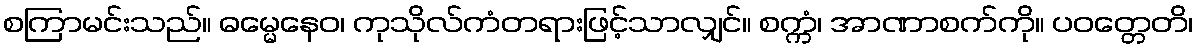
စကြာမင်းသည်။ ဓမ္မေနေဝ၊ ကုသိုလ်ကံတရားဖြင့်သာလျှင်။ စက္ကံ၊ အာဏာစက်ကို။ ပဝတ္တေတိ၊